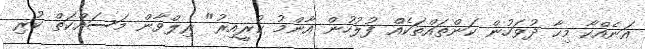
އަނެއްކާ މިހާ ދުވަހުން ކަންތައްތަކެއް ފުލުހުން އާންމު ކުރީއިރު" ރިލްވާން މަސައްކަތް ކުރި